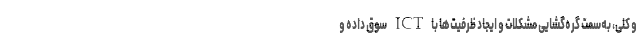
و کلی، به‌سمت گره‌گشایی مشکلات و ایجاد ظرفیت‌ها با ICT سوق داده و